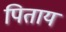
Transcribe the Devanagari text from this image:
पिताय